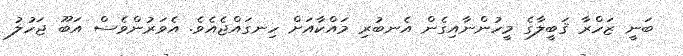
ބަނީ ޒަހްރާ ޤަބީލާގެ މީހުންނާއިގެން އެނބުރި މައްކާއަށް ހިނގައްޖެއެވެ. އެވަރުންވެސް އަބޫ ޖަހުލު